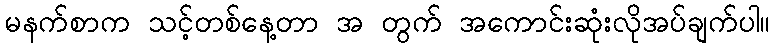
မနက်စာက သင့်တစ်နေ့တာ အ တွက် အကောင်းဆုံးလိုအပ်ချက်ပါ။